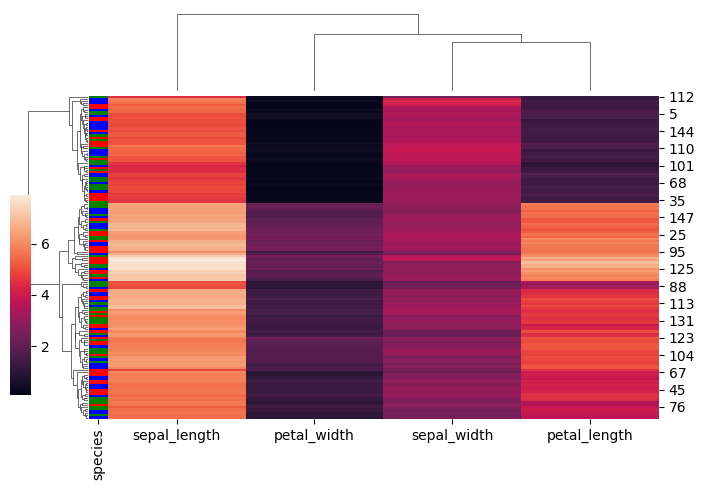
python, seaborn, clustermap, figsize=(7, 5), row_cluster=True, dendrogram_ratio=(0.1, 0.2), cbar_pos=(0, 0.2, 0.03, 0.4)